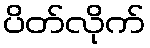
ပိတ်လိုက်